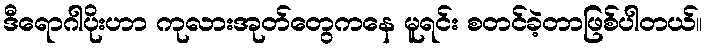
ဒီရောဂါပိုးဟာ ကုလားအုတ်တွေကနေ မူရင်း စတင်ခဲ့တာဖြစ်ပါတယ်။